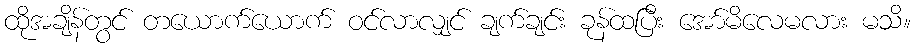
ထိုအချိန်တွင် တယောက်ယောက် ဝင်လာလျှင် ချက်ချင်း ခုန်ထပြီး အော်မိလေမလား မသိ။